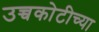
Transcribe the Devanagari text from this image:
उच्चकोटीच्या